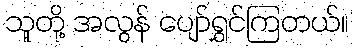
သူတို့ အလွန် ပျော်ရွှင်ကြတယ်။